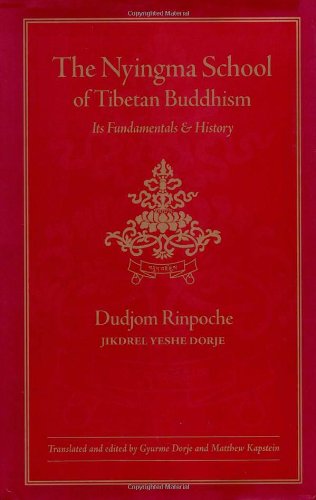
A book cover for The Nyingma School of Tibetan Buddhism: Its Fundamentals and History; Dudjom Rinpoche; Religion & Spirituality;